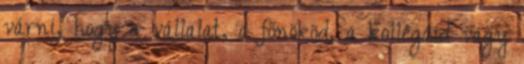
várni, hogy a vállalat, a főnököd, a kollégáid vagy